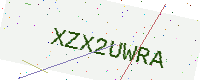
Text: XZX2UWRA